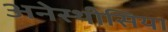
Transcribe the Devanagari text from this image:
अनेस्थीसिया